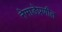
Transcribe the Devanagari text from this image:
नेमाडेप्रणीत